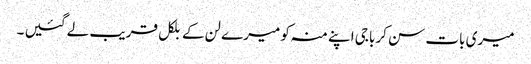
میری بات سن کر باجی اپنے منہ کو میرے لن کے بلکل قریب لے گئیں ۔